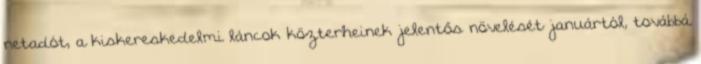
netadót, a kiskereskedelmi láncok közterheinek jelentős növelését januártól, továbbá